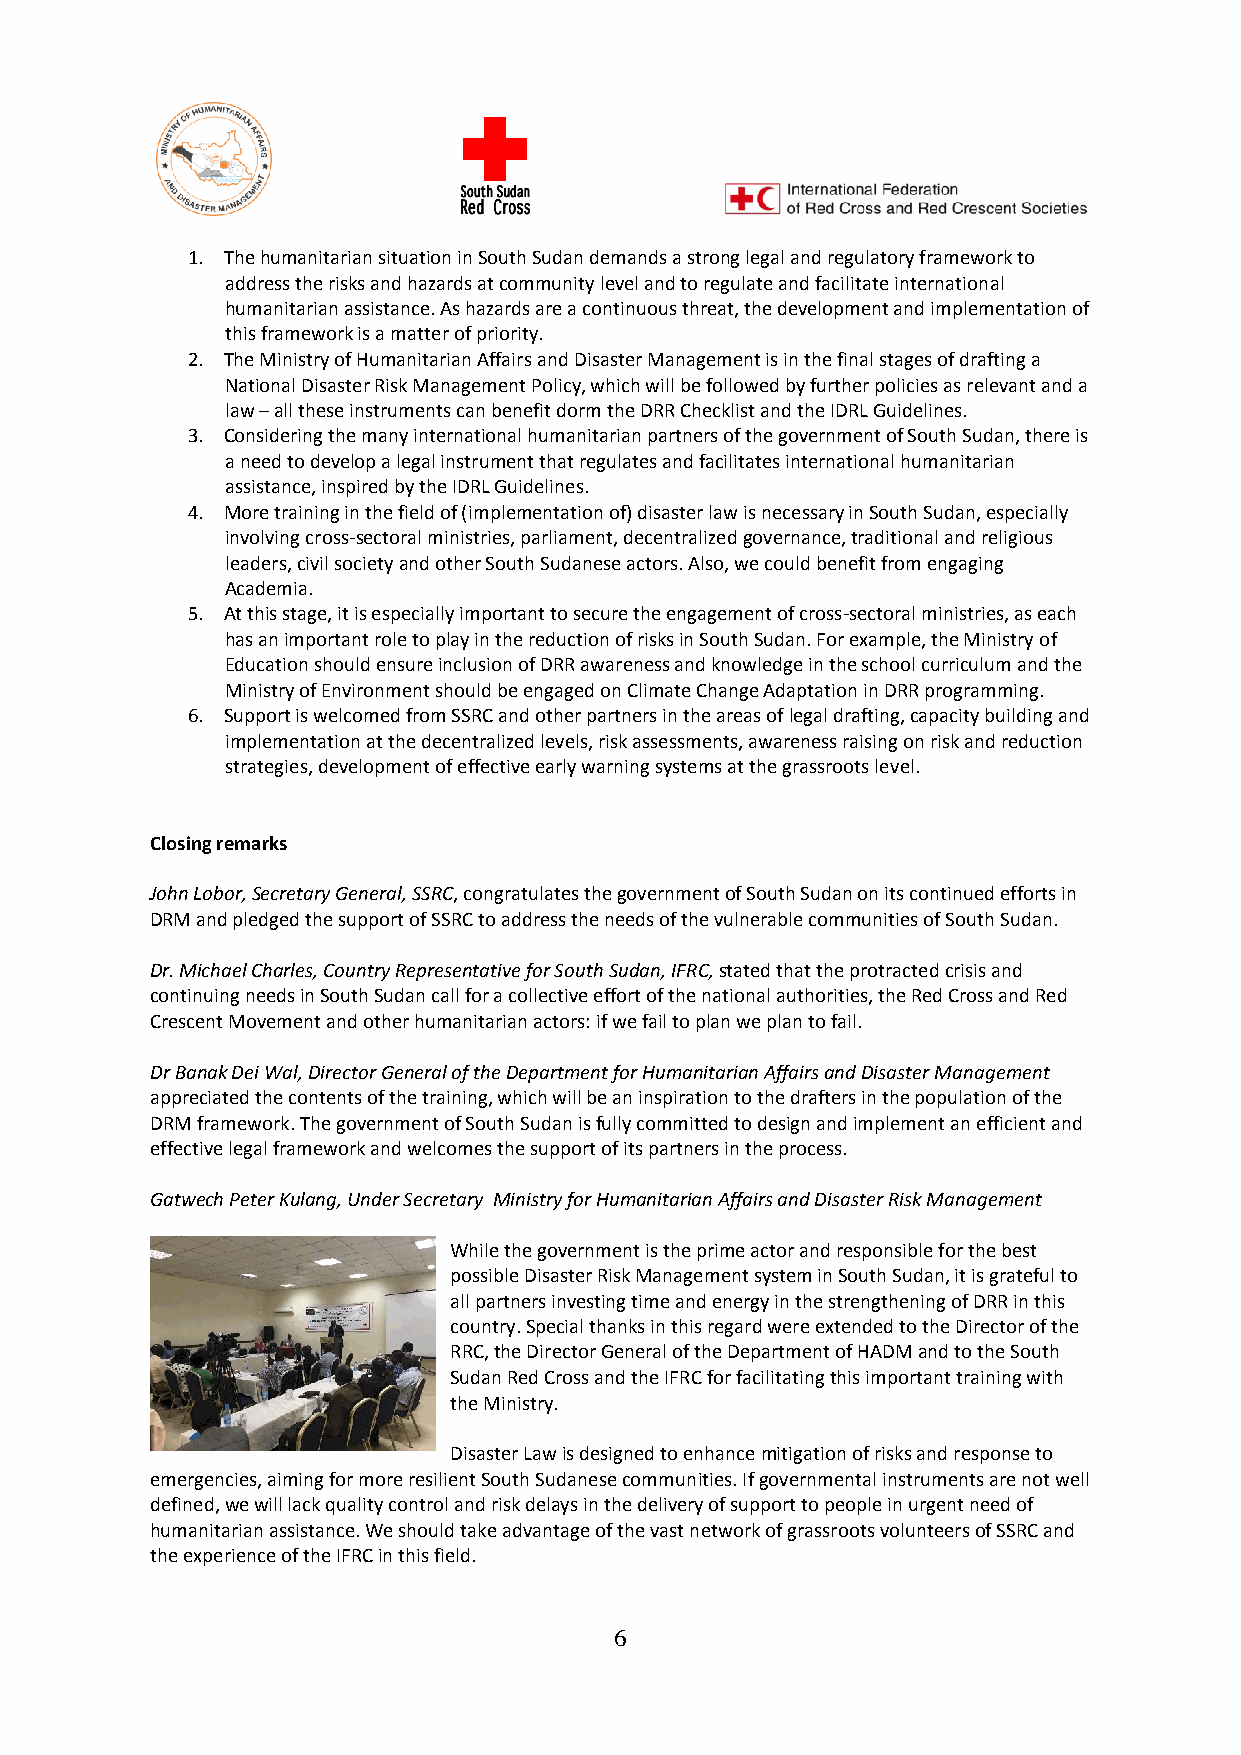
1. The humanitarian situation in South Sudan demands a strong legal and regulatory framework to
 address the risks and hazards at community level and to regulate and facilitate international
 humanitarian assistance. As hazards are a continuous threat, the development and implementation of
 this framework is a matter of priority.
 2. The Ministry of Humanitarian Affairs and Disaster Management is in the final stages of drafting a
 National Disaster Risk Management Policy, which will be followed by further policies as relevant and a
 law – all these instruments can benefit dorm the DRR Checklist and the IDRL Guidelines.
 3. Considering the many international humanitarian partners of the government of South Sudan, there is
 a need to develop a legal instrument that regulates and facilitates international humanitarian
 assistance, inspired by the IDRL Guidelines.
 4. More training in the field of (implementation of) disaster law is necessary in South Sudan, especially
 involving cross-sectoral ministries, parliament, decentralized governance, traditional and religious
 leaders, civil society and other South Sudanese actors. Also, we could benefit from engaging
 Academia.
 5. At this stage, it is especially important to secure the engagement of cross-sectoral ministries, as each
 has an important role to play in the reduction of risks in South Sudan. For example, the Ministry of
 Education should ensure inclusion of DRR awareness and knowledge in the school curriculum and the
 Ministry of Environment should be engaged on Climate Change Adaptation in DRR programming.
 6. Support is welcomed from SSRC and other partners in the areas of legal drafting, capacity building and
 implementation at the decentralized levels, risk assessments, awareness raising on risk and reduction
 strategies, development of effective early warning systems at the grassroots level.
 Closing remarks
 John Lobor, Secretary General, SSRC, congratulates the government of South Sudan on its continued efforts in
 DRM and pledged the support of SSRC to address the needs of the vulnerable communities of South Sudan.
 Dr. Michael Charles, Country Representative for South Sudan, IFRC, stated that the protracted crisis and
 continuing needs in South Sudan call for a collective effort of the national authorities, the Red Cross and Red
 Crescent Movement and other humanitarian actors: if we fail to plan we plan to fail.
 Dr Banak Dei Wal, Director General of the Department for Humanitarian Affairs and Disaster Management
 appreciated the contents of the training, which will be an inspiration to the drafters in the population of the
 DRM framework. The government of South Sudan is fully committed to design and implement an efficient and
 effective legal framework and welcomes the support of its partners in the process.
 Gatwech Peter Kulang, Under Secretary Ministry for Humanitarian Affairs and Disaster Risk Management
 While the government is the prime actor and responsible for the best
 possible Disaster Risk Management system in South Sudan, it is grateful to
 all partners investing time and energy in the strengthening of DRR in this
 country. Special thanks in this regard were extended to the Director of the
 RRC, the Director General of the Department of HADM and to the South
 Sudan Red Cross and the IFRC for facilitating this important training with
 the Ministry.
 Disaster Law is designed to enhance mitigation of risks and response to
 emergencies, aiming for more resilient South Sudanese communities. If governmental instruments are not well
 defined, we will lack quality control and risk delays in the delivery of support to people in urgent need of
 humanitarian assistance. We should take advantage of the vast network of grassroots volunteers of SSRC and
 the experience of the IFRC in this field.
 6